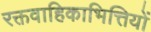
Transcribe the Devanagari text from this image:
रक्तवाहिकाभित्तियों